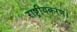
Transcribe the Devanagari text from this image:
राष्ट्रीयकरण।